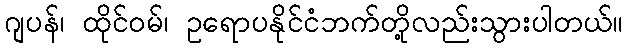
ဂျပန်၊ ထိုင်ဝမ်၊ ဥရောပနိုင်ငံဘက်တို့လည်းသွားပါတယ်။